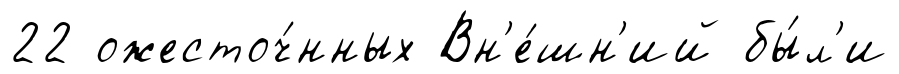
22 ожесточ́нных Вн'е́шн'ий бы́л'и